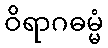
ဝိရာဂဓမ္မံ